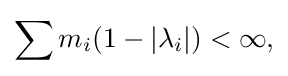
\displaystyle {\sum m_{i}(1-|\lambda _{i}|)<\infty ,}